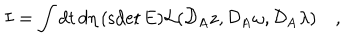
I = \int d t \, d \eta \, ( \mathrm { s d e t } \, E ) { \cal L } ( { \cal D } _ { A } z , { \cal D } _ { A } \omega , { \cal D } _ { A } \lambda ) \quad ,